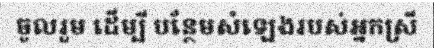
ចូលរួម ដើម្បី បន្ថែមសំឡេងរបស់អ្នកស្រី